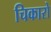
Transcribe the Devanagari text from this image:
चिकारो